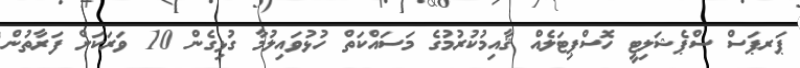
ޕަރޕަސް ސްޕެޝަލިޓީ ހޮސްޕިޓަލެއް ޤާއިމުކުރުމުގެ މަސައްކަތް ހުޅުވައިލުމާ ގުޅިގެން 10 ވަރަކަށް ފަރާތުން